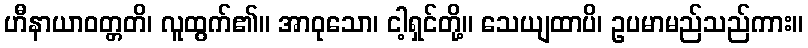
ဟီနာယာဝတ္တတိ၊ လူထွက်၏။ အာဝုသော၊ ငါ့ရှင်တို့။ သေယျထာပိ၊ ဥပမာမည်သည်ကား။